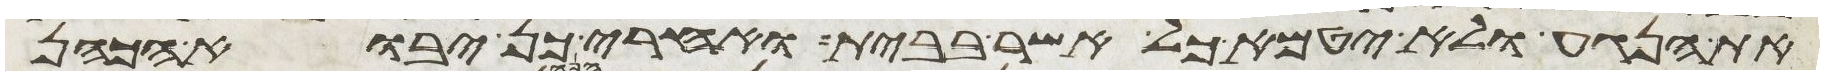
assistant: את הנגע ולא יטמא כל אשר בבית ואחרי כן יבוא הכהן